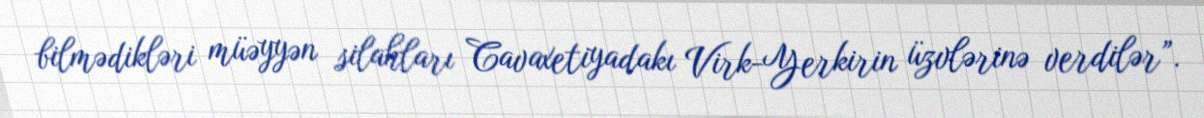
bilmədikləri müəyyən silahları Cavaxetiyadakı Virk-Yerkirin üzvlərinə verdilər”.